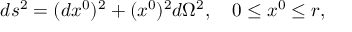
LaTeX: d s ^ { 2 } = ( d x ^ { 0 } ) ^ { 2 } + ( x ^ { 0 } ) ^ { 2 } d \Omega ^ { 2 } , \quad 0 \le x ^ { 0 } \le r ,